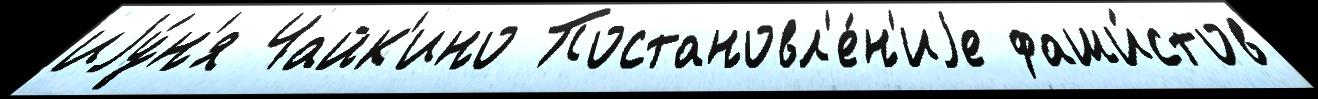
иjу́н'я Чайк'ино Постановл'е́н'иjе фаши́стов